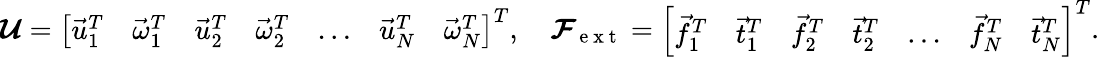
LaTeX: \boldsymbol{\mathcal U}=\left[\begin{array}{lllllll}{\vec{u}_{1}^{T}}&{\vec{\omega}_{1}^{T}}&{\vec{u}_{2}^{T}}&{\vec{\omega}_{2}^{T}}&{\dots}&{\vec{u}_{N}^{T}}&{\vec{\omega}_{N}^{T}}\end{array}\right]^{T},\quad\boldsymbol{\mathcal F}_{\mathrm{~e~x~t~}}=\left[\begin{array}{lllllll}{\vec{f}_{1}^{T}}&{\vec{t}_{1}^{T}}&{\vec{f}_{2}^{T}}&{\vec{t}_{2}^{T}}&{\dots}&{\vec{f}_{N}^{T}}&{\vec{t}_{N}^{T}}\end{array}\right]^{T}.